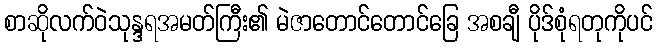
စာဆိုလက်ဝဲသုန္ဒရအမတ်ကြီး၏ မဲဇာတောင်တောင်ခြေ အစချီ ပိုဒ်စုံရတုကိုပင်